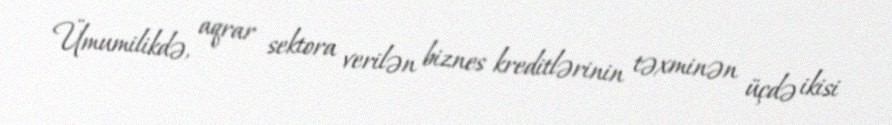
Ümumilikdə, aqrar sektora verilən biznes kreditlərinin təxminən üçdə ikisi